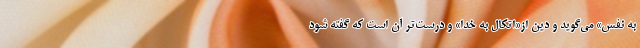
به نفس» می‌گوید و دین از«اتکال به خدا» و درست‌تر آن است که گفته شود